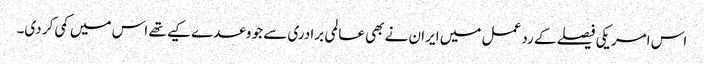
اس امریکی فیصلے کے رد عمل میں ایران نے بھی عالمی برادری سے جو وعدے کیے تھے اس میں کمی کر دی۔